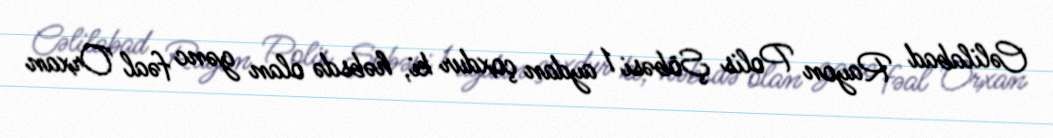
Cəlilabad Rayon Polis Şöbəsi 1 aydan çoxdur ki, həbsdə olan gənc fəal Orxan